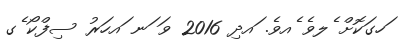
ަހގަކޮށް ެލވެ ެއވެ. ައދި 2016 ވަ ަނ ައހަރު ސިފްކޯ ެގ